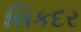
સિકદર